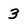
Character: 3